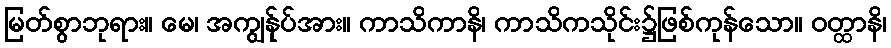
မြတ်စွာဘုရား။ မေ၊ အကျွန်ုပ်အား။ ကာသိကာနိ၊ ကာသိကသိုင်း၌ဖြစ်ကုန်သော။ ဝတ္ထာနိ၊